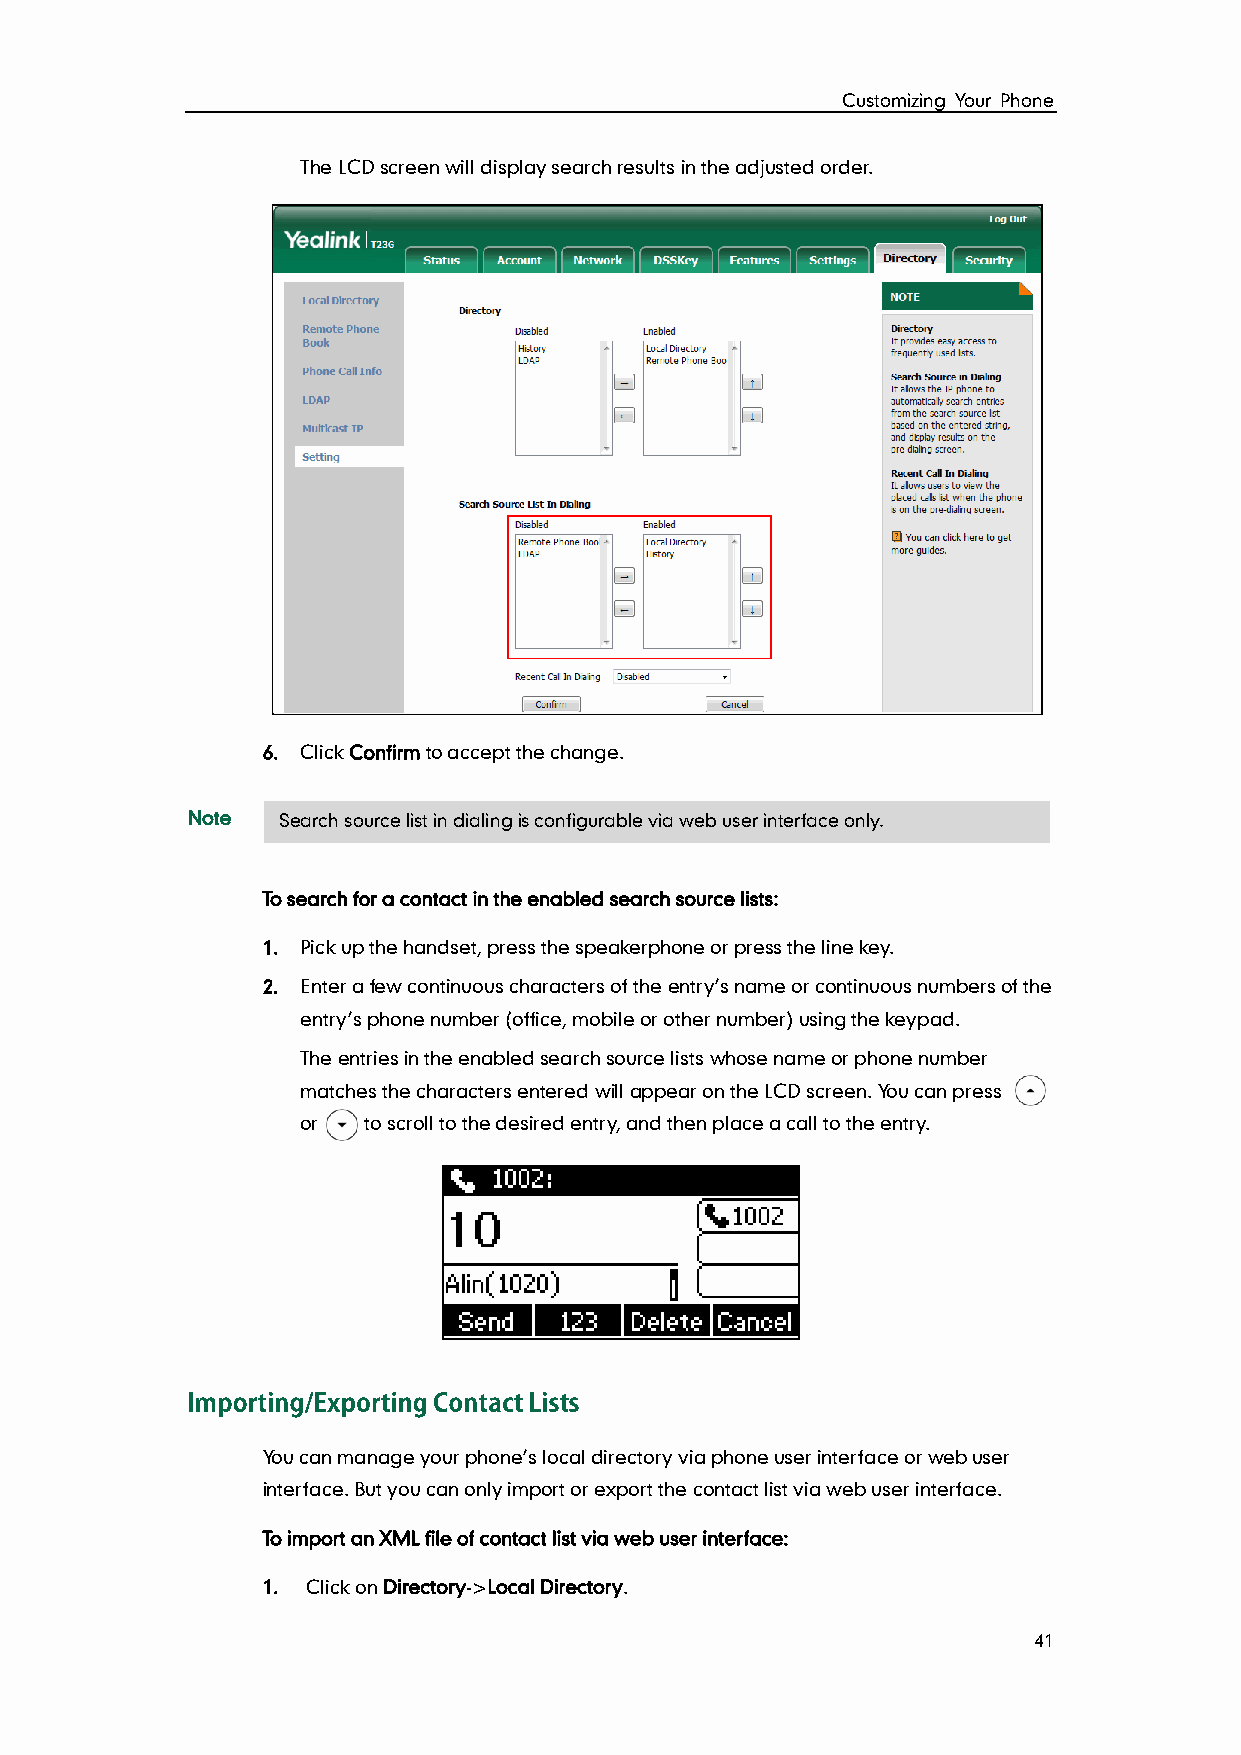
Customizing Your Phone
 The LCD screen will display search results in the adjusted order.
 6. Click Confirm to accept the change.
 Note  Search source list in dialing is configurable via web user interface only.
 To search for a contact in the enabled search source lists:
 1. Pick up the handset, press the speakerphone or press the line key.
 2. Enter a few continuous characters of the entry’s name or continuous numbers of the
 entry’s phone number (office, mobile or other number) using the keypad.
 The entries in the enabled search source lists whose name or phone number
 matches the characters entered will appear on the LCD screen. You can press
 or  to scroll to the desired entry, and then place a call to the entry.
 You can manage your phone’s local directory via phone user interface or web user
 interface. But you can only import or export the contact list via web user interface.
 To import an XML file of contact list via web user interface:
 1. Click on Directory->Local Directory.
 41